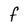
Character: F